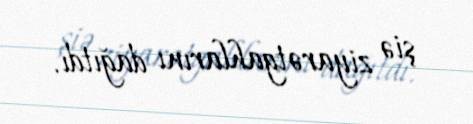
şiə ziyarətgahlarını dağıtdı.